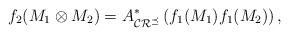
LaTeX: \begin{align*}f_2 (M_1 \otimes M_2) = A^*_{\mathcal{CR}^\preceq} \left( f_1 (M_1) f_1 (M_2) \right),\end{align*}